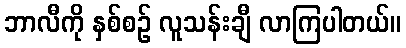
ဘာလီကို နှစ်စဉ် လူသန်းချီ လာကြပါတယ်။